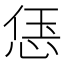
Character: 𫺑